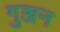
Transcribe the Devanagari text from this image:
गुञ्जन